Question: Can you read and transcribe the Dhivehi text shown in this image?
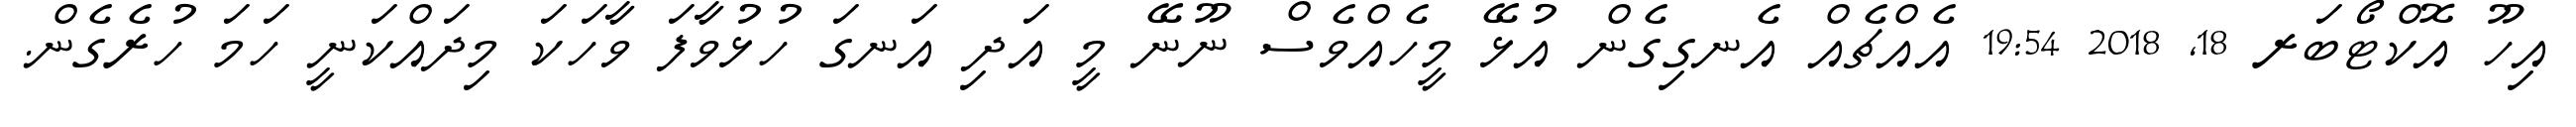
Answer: އިހޫ އޮކްޓޯބަރ 18, 2018 19:54 އެއްޗެއް އެނގިގެން އުޅޭ މީހެއްވެސް ނޫނޭ މީ އަދި އަނގަ ހުޅުވާފަ ވާހަކަ މިދައްކަނީ ހަމަ ހުރެގެން.